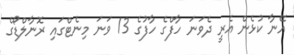
އޭނާ ކުޅެން އެރީ ދެވަނަ ހާފްގެ ހާފުގެ 13 ވަނަ މިނެޓްގައި ރޮނާލްޑޯގެ